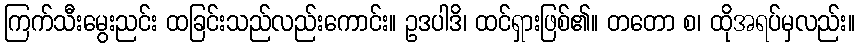
ကြက်သီးမွေးညင်း ထခြင်းသည်လည်းကောင်း။ ဥဒပါဒိ၊ ထင်ရှားဖြစ်၏။ တတော စ၊ ထိုအရပ်မှလည်း။